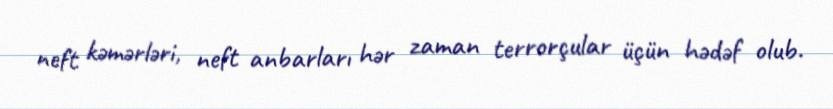
neft kəmərləri, neft anbarları hər zaman terrorçular üçün hədəf olub.